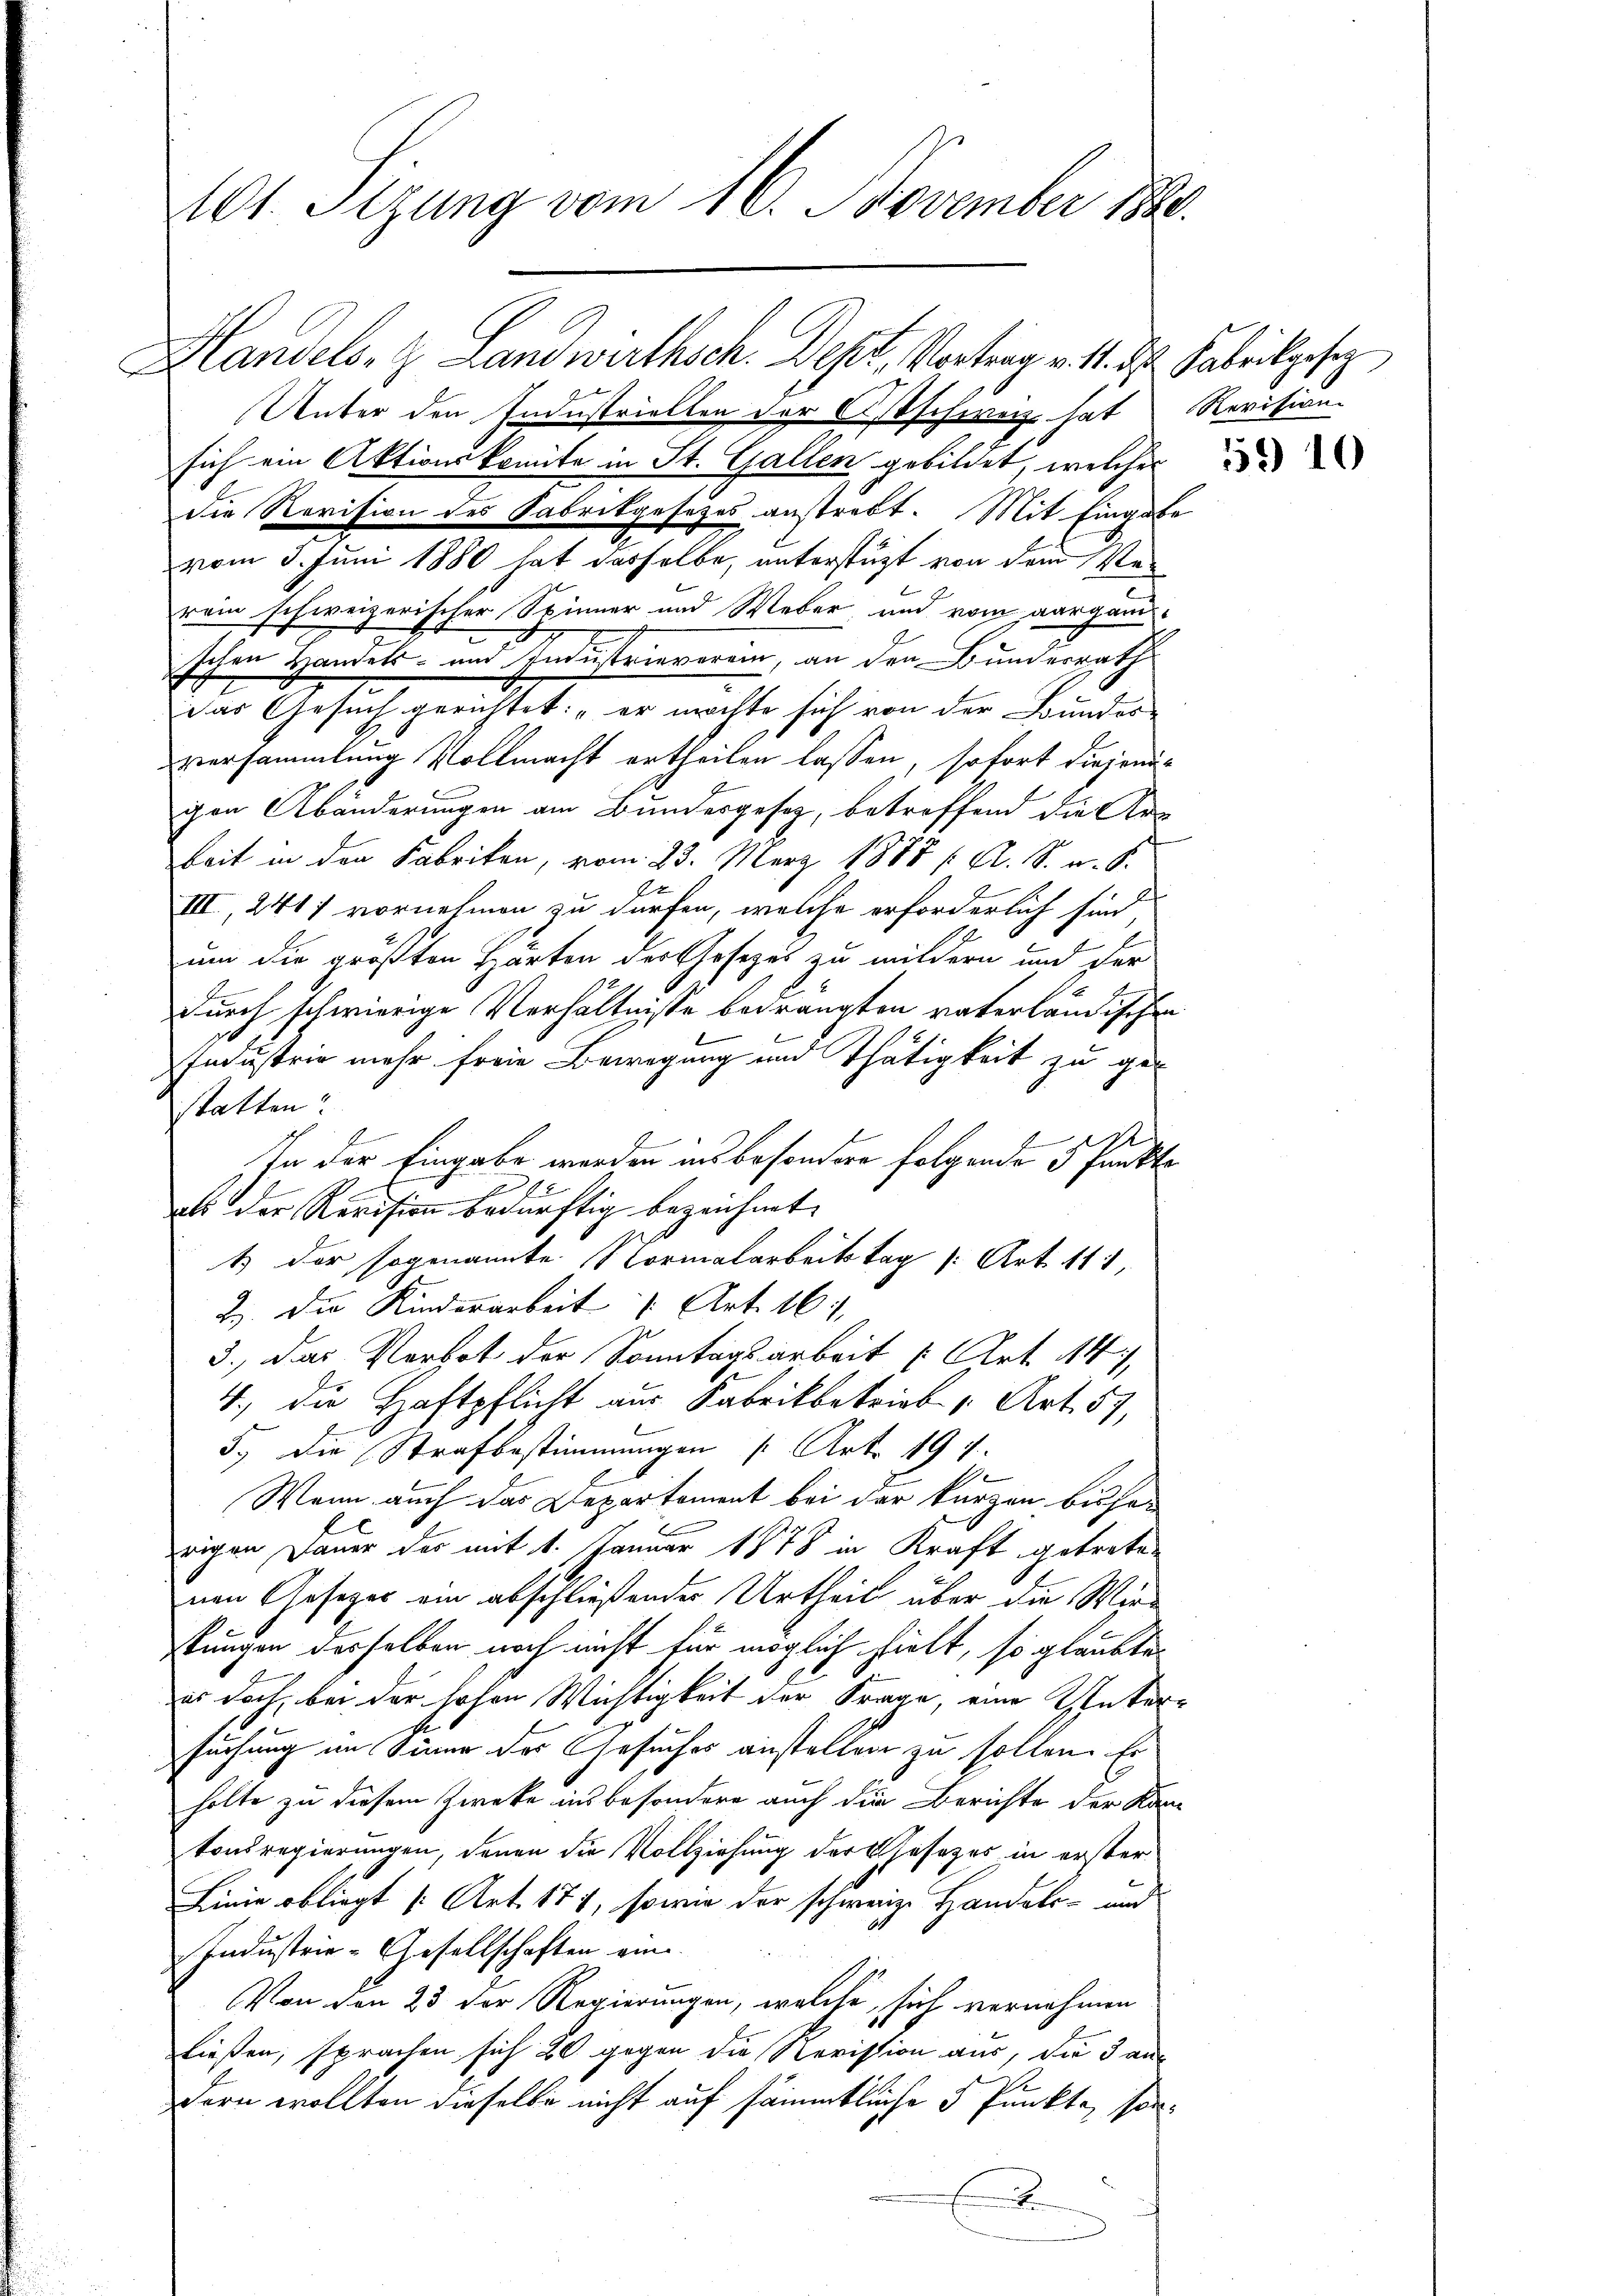
Not. Sizung vom 16. November 1890.

Handels- & Landwirthsch. Dept, Vortrag v. 1. d. Fabrikgesez
Unter den Industriellen der Ostschweiz hat Revision
sich ein Aktionskomite in St. Gallen gebildet, welches
die Revision des Fabrikgesetzes anstrebt. Mit Eingabe
vom 3. Juni 1880 hat dasselbe, unterstützt von dem Ver
rein schweizerischer Spinner und Weber und vom aargani-
schen Handels- und Industrieverein, an den Bundesrath
das Gesuch gerichtet: „er möchte sich von der Bundesversammlung Vollmacht ertheilen lassen, sofort diejenigen Abänderungen am Bundesgesetz, betreffend die Ar
beit in den Fabriken, vom 23. März 1888 f. A. S. u. S.
III, 241) vornehmen zu dürfen, welche erforderlich sind,
um die größten Härten der Gesezes zu mildern und der
durch schwierige Verhältnisse bedrängten vaterländischen
Industrie mehr freie Bewegung und Thätigkeit zu gestatten.
In der Eingabe werden ins besondere folgende 5 Punkte
als der Revision bedürftig bezeichnet.
1) der sogenannte Normalarbeitstag (Art. 111,
B. Die Kinderarbeit 1 Art. 161
3.) Das Verbot der Sonntagsarbeit u Art. 14),
4., die Haftpflicht aus Fabrikbetrieb u. Art. 57,
5., die Strafbestimmungen /: Art. 191.
Wenn auch das Departement bei der kurzen bisherigen Dauer der mit 1. Januar 1878 in Kraft getretenen Gesetzes ein abschließendes Urtheil über die Wirstungen derselben noch nicht für möglich hielt, so glaubte
es doch, bei der hohen Wichtigkeit der Frage, eine Untersuchung im Sinne der Gesuches anstellen zu sollen. Es
holte zu diesem Zwecke ins besondere auch die Berichte der Kam
tonsregierungen, denen die Vollziehung der Gesezes in erster
Linie obliegt [Art. 171, sowie der schweiz. Handels- und
Industrie-Gesellschaften eine
Von den 23 der Regierungen, welche, sich vernehmen
ließen, sprachen sich 20 gegen die Revission aus, die 3 andern wollten dieselbe nicht auf sämmtliche 2 Punkte, son¬